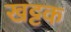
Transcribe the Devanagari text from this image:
खट्टक